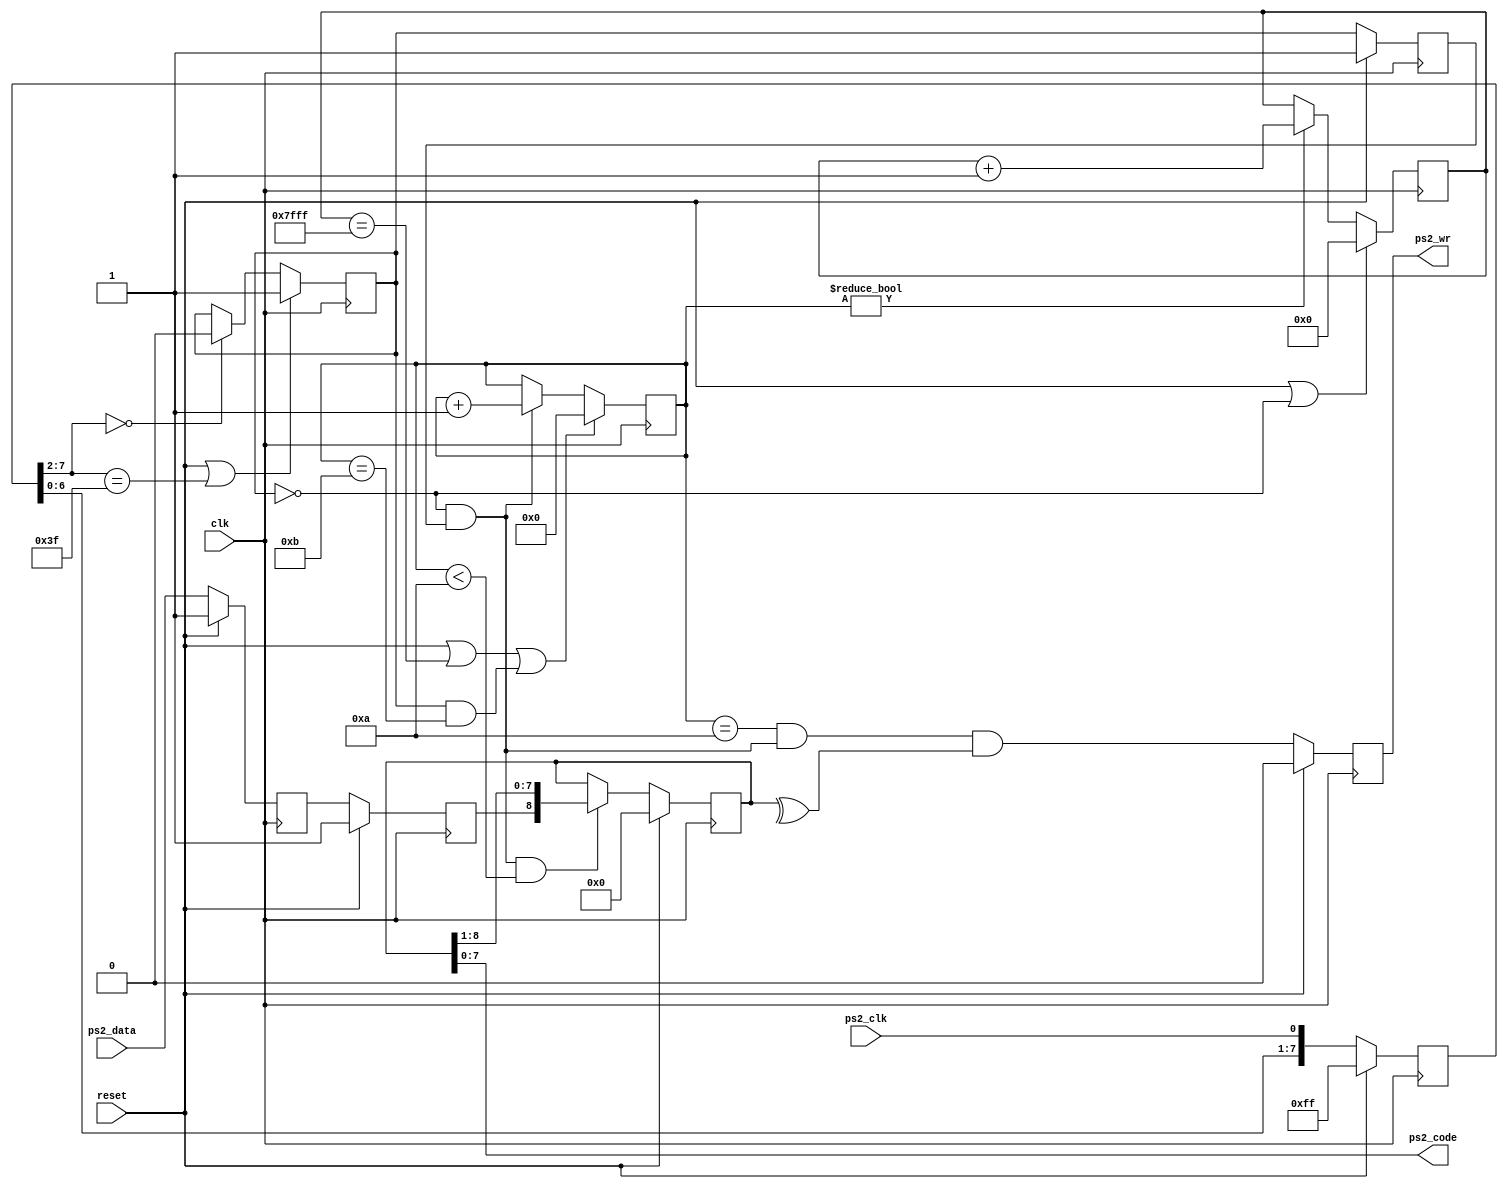
`timescale 1ns / 1ps
///////////////////////////////////////////////////////////////////////////////
//
//
//
// Module Name:      ps2_intf
//
// Description:      Implement PS/2 interface.  Generates a one-clock write
//                   strobe (ps2_wr) for each byte coming over PS2 interface.
//
///////////////////////////////////////////////////////////////////////////////
//////////////////////////////////////////////////////////////////////////////
//
// Copyright (C) 2007, Thomas Skibo.  All rights reserved.
//
// Redistribution and use in source and binary forms, with or without
// modification, are permitted provided that the following conditions are met:
// * Redistributions of source code must retain the above copyright
//   notice, this list of conditions and the following disclaimer.
// * Redistributions in binary form must reproduce the above copyright
//   notice, this list of conditions and the following disclaimer in the
//   documentation and/or other materials provided with the distribution.
// * The names of contributors may not be used to endorse or promote products
//   derived from this software without specific prior written permission.
//
// THIS SOFTWARE IS PROVIDED BY THE COPYRIGHT HOLDERS AND CONTRIBUTORS "AS IS"
// AND ANY EXPRESS OR IMPLIED WARRANTIES, INCLUDING, BUT NOT LIMITED TO, THE
// IMPLIED WARRANTIES OF MERCHANTABILITY AND FITNESS FOR A PARTICULAR PURPOSE
// ARE DISCLAIMED. IN NO EVENT SHALL Thomas Skibo OR CONTRIBUTORS BE LIABLE FOR
// ANY DIRECT, INDIRECT, INCIDENTAL, SPECIAL, EXEMPLARY, OR CONSEQUENTIAL
// DAMAGES (INCLUDING, BUT NOT LIMITED TO, PROCUREMENT OF SUBSTITUTE GOODS OR
// SERVICES; LOSS OF USE, DATA, OR PROFITS; OR BUSINESS INTERRUPTION) HOWEVER
// CAUSED AND ON ANY THEORY OF LIABILITY, WHETHER IN CONTRACT, STRICT
// LIABILITY, OR TORT (INCLUDING NEGLIGENCE OR OTHERWISE) ARISING IN ANY WAY
// OUT OF THE USE OF THIS SOFTWARE, EVEN IF ADVISED OF THE POSSIBILITY OF
// SUCH DAMAGE.
//
//////////////////////////////////////////////////////////////////////////////

module ps2_intf(output [7:0]    ps2_code,
                output reg      ps2_wr,

                input           ps2_clk,
                input           ps2_data,

                input           reset,
                input           clk
        );

    reg [8:0]   data9;
    assign      ps2_code = data9[7:0];   // sans parity

    reg [7:0]   ps2_clk_r;
    reg         ps2_clk_filtered;
    reg         ps2_clk_filtered_1;
    reg         ps2_data_2;
    reg         ps2_data_1;
    reg [3:0]   bit_ctr;
    reg [14:0]  ps2_timeout_ctr;

    wire        parity_ok = ((^data9) == 1'b1);
    wire        ps2_timeout;

    ///////////////////////////////////////////////////////////////////////
    // input registers/synchronizers
    ///////////////////////////////////////////////////////////////////////
    always @(posedge clk)
        if (reset) begin
            ps2_clk_r <= 8'hff;
            ps2_data_2 <= 1'b1;
            ps2_data_1 <= 1'b1;
        end
        else begin
            ps2_clk_r <= { ps2_clk_r[6:0], ps2_clk };
            ps2_data_2 <= ps2_data_1;
            ps2_data_1 <= ps2_data;
        end

    // implement some hysteresis
    always @(posedge clk)
        if (reset || ps2_clk_r[7:2] == 6'h3f)
            ps2_clk_filtered <= 1'b1;
        else if (ps2_clk_r[7:2] == 6'h00)
            ps2_clk_filtered <= 1'b0;

    always @(posedge clk)
        if (reset)
            ps2_clk_filtered_1 <= 1'b1;
        else
            ps2_clk_filtered_1 <= ps2_clk_filtered;

    // negative transition
    wire ps2_clk_transition = (!ps2_clk_filtered && ps2_clk_filtered_1);

    //////////////////////////////// PS2 input logic //////////////////////

    // count bits
    always @(posedge clk)
        if (reset || ps2_timeout || (ps2_clk_filtered && bit_ctr == 4'd11))
            bit_ctr <= 4'd0;
        else if (ps2_clk_transition)
            bit_ctr <= bit_ctr + 1'b1;

    // shift register with data
    always @(posedge clk)
        if (reset)
            data9 <= 9'd0;
        else if (ps2_clk_transition && bit_ctr < 4'd10)
            data9 <= {ps2_data_2, data9[8:1]};

    // create a one clock write pulse when we're happy with data
    always @(posedge clk)
        if (reset)
            ps2_wr <= 0;
        else
            ps2_wr <= (bit_ctr == 4'd10 && ps2_clk_transition && parity_ok);

    // a timeout that will reset the counter if the ps2_clk is high
    // for more than 320 usecs.
    //
    always @(posedge clk)
        if (reset || ! ps2_clk_filtered)
            ps2_timeout_ctr <= 15'd0;
        else if (bit_ctr != 4'd0)
            ps2_timeout_ctr <= ps2_timeout_ctr + 1'b1;

    assign ps2_timeout = (ps2_timeout_ctr == 15'h7fff);

endmodule // ps2_intf